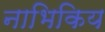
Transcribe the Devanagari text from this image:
नाभिकिय